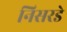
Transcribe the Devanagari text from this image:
निसरडे